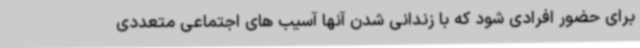
برای حضور افرادی شود که با زندانی شدن آنها آسیب های اجتماعی متعددی